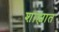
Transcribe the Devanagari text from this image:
शाह्यात